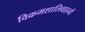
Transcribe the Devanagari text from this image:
विक्रमशालिवाहनौ